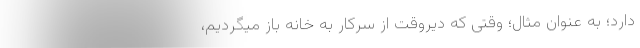
دارد؛ به عنوان مثال؛ وقتی که دیروقت از سرکار به خانه باز میگردیم،